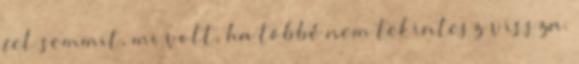
fel semmit, mi volt, ha többé nem tekintesz vissza.